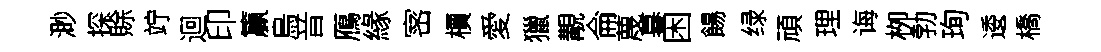
渺探賖竚迴印籯烏音鴈緣宻檟愛獵覯侖蔑暮困餳绿頑理诲栁勃珣逶橋